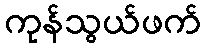
ကုန်သွယ်ဖက်